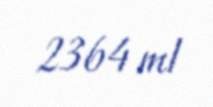
2364 ml